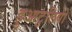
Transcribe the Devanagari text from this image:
हुआटुलियो